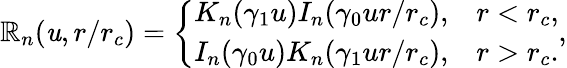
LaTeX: \mathbb{R}_{n}(\mathit{u},r/r_{c})=\left\{ \begin{array}{cc}{K_{n}(\gamma_{1}u)I_{n}(\gamma_{0}ur/r_{c}),}&{r<r_{c},}\\ {I_{n}(\gamma_{0}u)K_{n}(\gamma_{1}ur/r_{c}),}&{r>r_{c}.}\end{array}\right.,